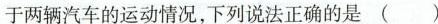
于两辆汽车的运动情况，下列说法正确的是()